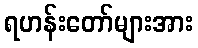
ရဟန်းတော်များအား